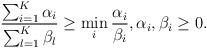
LaTeX: \begin{align*}\frac{\sum_{i=1}^K \alpha_i}{\sum_{l=1}^K \beta_l} \geq \min_i \frac{\alpha_i}{\beta_i}, \alpha_i,\beta_i \geq 0. \end{align*}